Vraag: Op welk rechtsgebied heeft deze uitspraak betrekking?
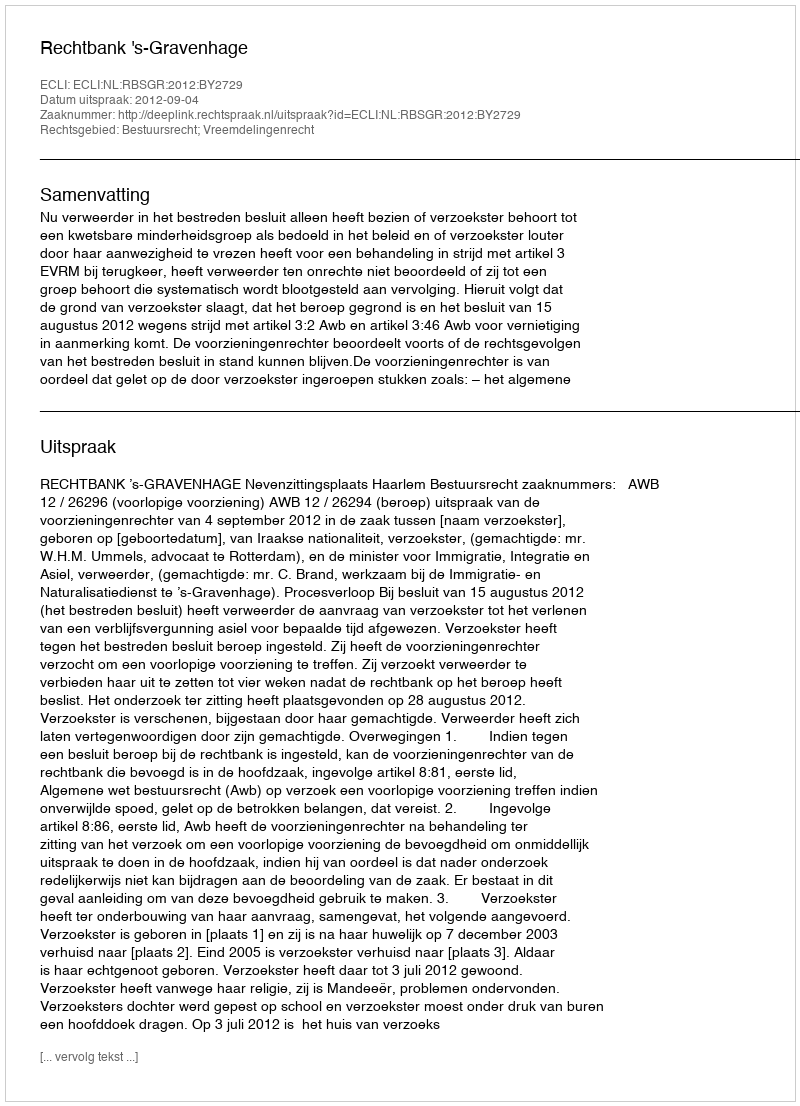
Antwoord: Bestuursrecht; Vreemdelingenrecht